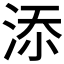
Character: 𣵚